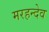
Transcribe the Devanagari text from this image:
मरहन्देव